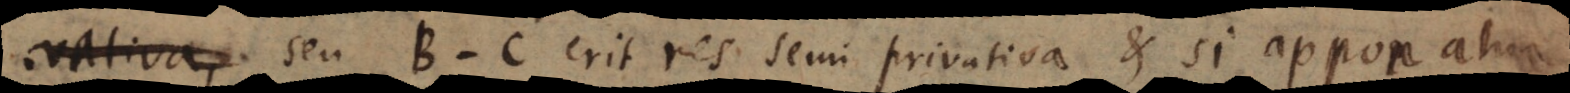
semiprivativa seu B − C erit res semiprivativa, et si apponatur